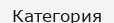
Категория